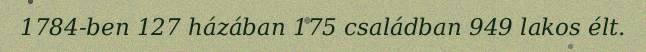
1784-ben 127 házában 175 családban 949 lakos élt.